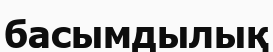
басымдылық